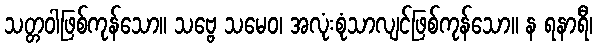
သတ္တဝါဖြစ်ကုန်သော။ သဗ္ဗေ သမေဝ၊ အလုံးစုံသာလျင်ဖြစ်ကုန်သော။ န ရနာရီ၊